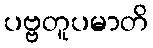
ပဗ္ဗတူပမာတိ